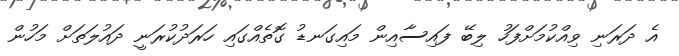
އެ ދަރަނި ވިއްކުމަށްފަހު ލިބޭ ފައިސާއިން މައިގަނޑު ގޮތެއްގައި ހަރަދުކުރަނީ ދައުލަތަށް މަހުން